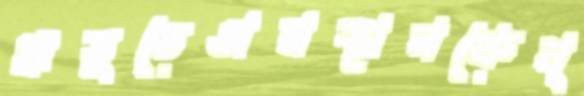
ঋতুতেঅবস্থানকেন্